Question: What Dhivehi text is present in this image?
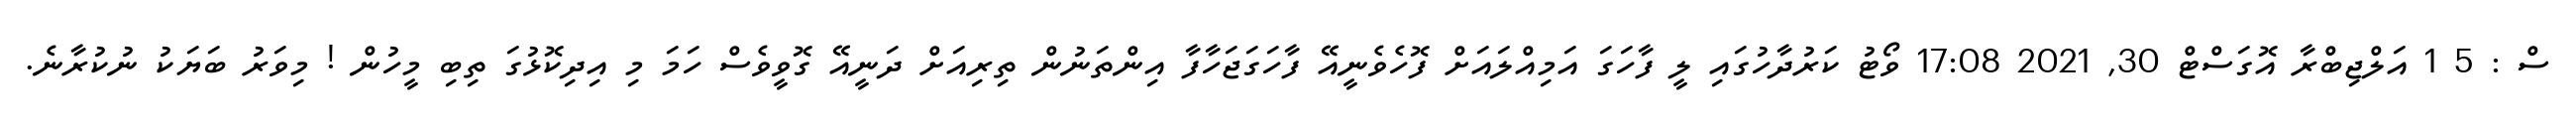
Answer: ސް : 5 1 އަލްޖިބްރާ އޮގަސްޓް 30, 2021 17:08 ވޯޓު ކަރުދާހުގައި ލީ ފާހަގަ އަމިއްލައަށް ފޮހެވެނީއޭ ފާހަގަޖަހާފާ އިންތަނުން ތިރިއަށް ދަނީއޭ ގޮވީވެސް ހަމަ މި އިދިކޮޅުގަ ތިބި މީހުން ! މިވަރު ބަޔަކު ނުކުރާނެ.